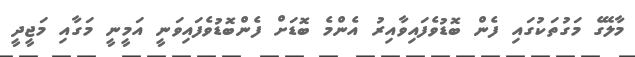
މާލޭގެ މަގުތަކުގައި ފެން ބޮޑުވެފައިވާއިރު އެންމެ ބޮޑަށް ފެންބޮޑުވެފައިވަނީ އަމީނީ މަގާއި މަޖީދީ